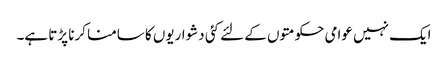
ایک نہیں عوامی حکومتوں کے لئے کئی دشواریوں کا سامنا کرنا پڑتا ہے۔